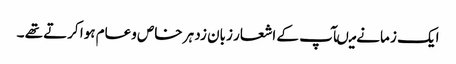
ایک ز مانے میںآپ کے اشعار زبان زد ہر خاص وعام ہوا کرتے تھے ۔